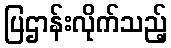
ပြဌာန်းလိုက်သည့်